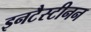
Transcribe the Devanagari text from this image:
इनटैस्टीनन